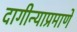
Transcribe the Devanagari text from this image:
दागीन्याप्रमाणे